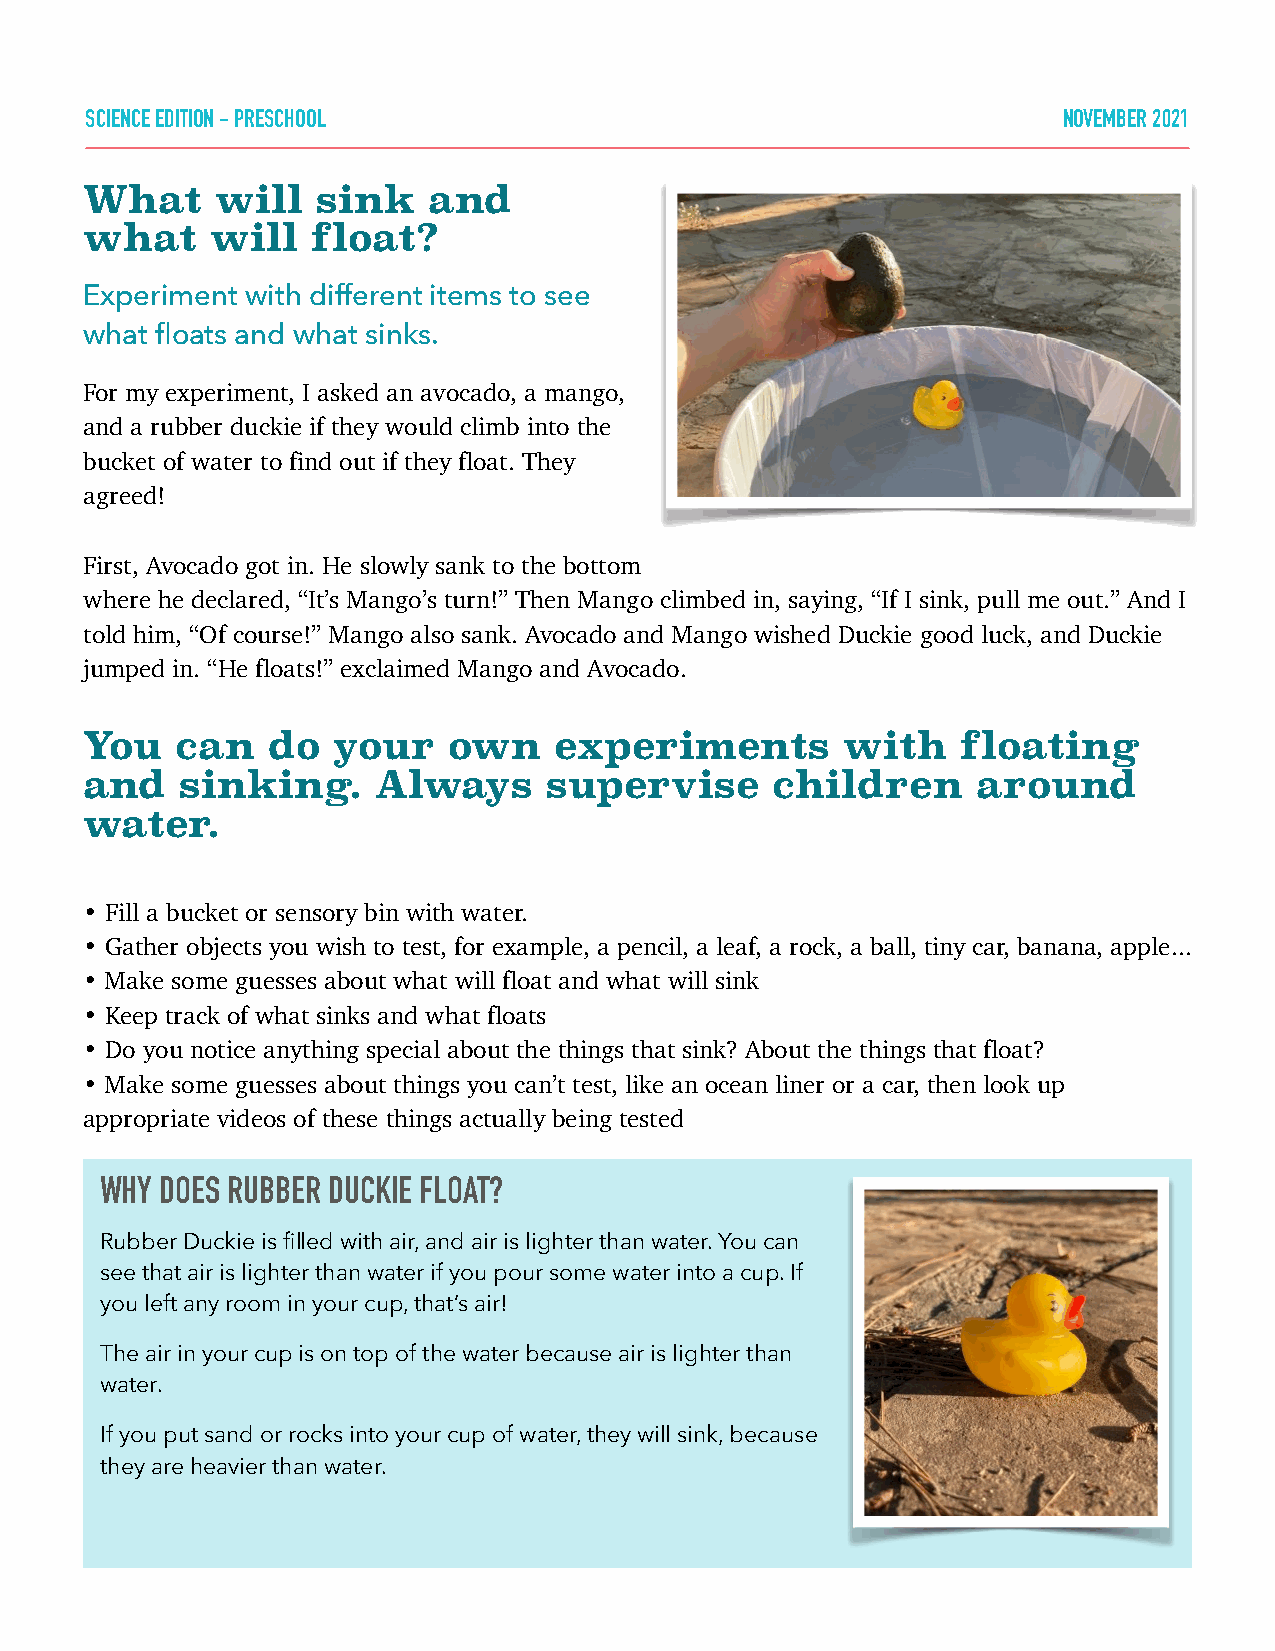
SCIENCE EDITION - PRESCHOOL                                     NOVEMBER 2021
 What    will   sink   and
 what    will   float?
 Experiment with different items to see
 what floats and what sinks.
 For my experiment, I asked an avocado, a mango,
 and a rubber duckie if they would climb into the
 bucket of water to find out if they float. They
 agreed!
 First, Avocado got in. He slowly sank to the bottom
 where he declared, “It’s Mango’s turn!” Then Mango climbed in, saying, “If I sink, pull me out.” And I
 told him, “Of course!” Mango also sank. Avocado and Mango wished Duckie good luck, and Duckie
 jumped in. “He floats!” exclaimed Mango and Avocado.
 You   can   do  your    own    experiments        with    floating
 and   sinking.     Always     supervise      children      around
 water.
 • Fill a bucket or sensory bin with water.
 • Gather objects you wish to test, for example, a pencil, a leaf, a rock, a ball, tiny car, banana, apple...
 • Make some guesses about what will float and what will sink
 • Keep track of what sinks and what floats
 • Do you notice anything special about the things that sink? About the things that float?
 • Make some guesses about things you can’t test, like an ocean liner or a car, then look up
 appropriate videos of these things actually being tested
 WHY DOES RUBBER DUCKIE FLOAT?
 Rubber Duckie is filled with air, and air is lighter than water. You can
 see that air is lighter than water if you pour some water into a cup. If
 you left any room in your cup, that’s air!
 The air in your cup is on top of the water because air is lighter than
 water.
 If you put sand or rocks into your cup of water, they will sink, because
 they are heavier than water.